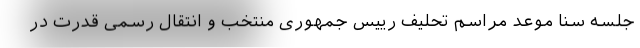
جلسه سنا موعد مراسم تحلیف رییس جمهوری منتخب و انتقال رسمی قدرت در